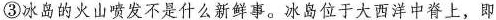
③冰岛的火山喷发不是什么新鲜事。冰岛位于大西洋中脊上，即